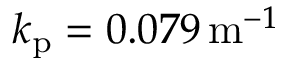
k _ { \mathrm { p } } = 0 . 0 7 9 \, \mathrm { m } ^ { - 1 }